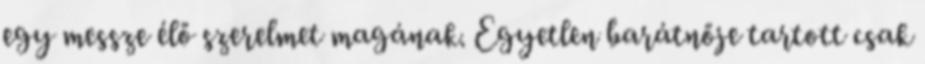
egy messze élő szerelmet magának. Egyetlen barátnője tartott csak